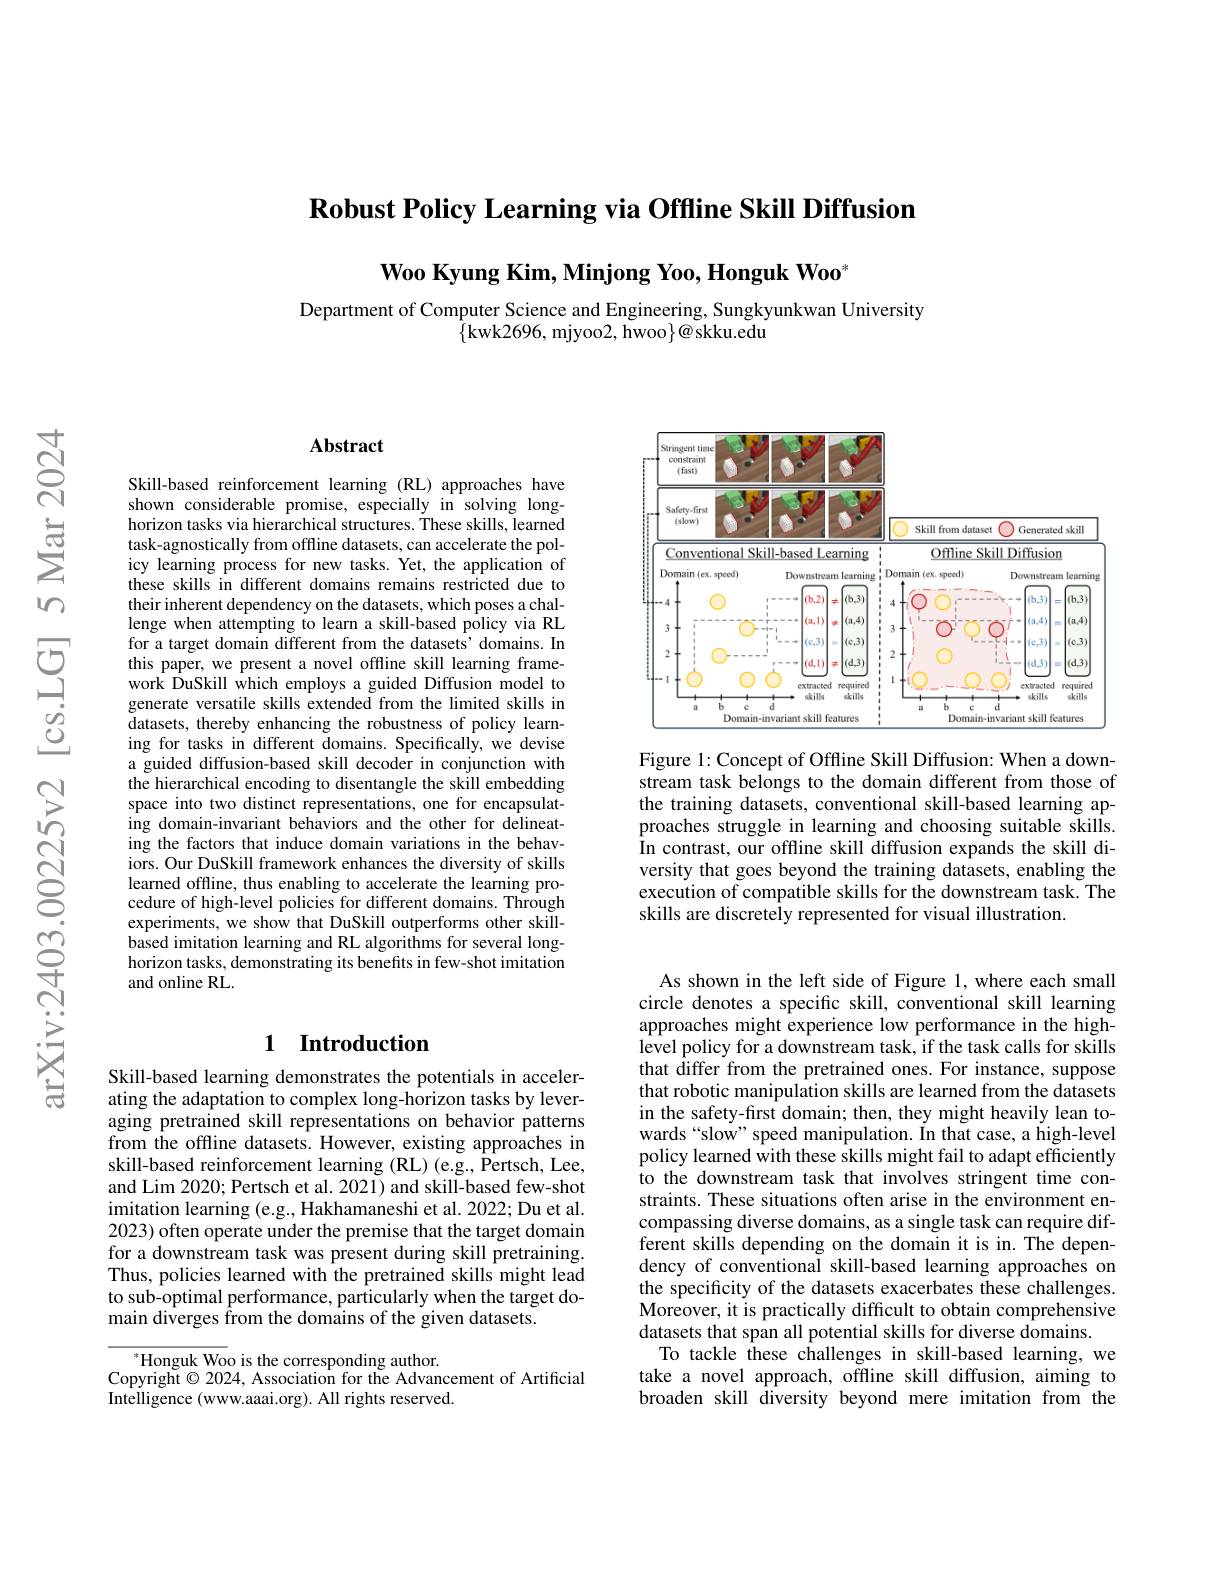
$\textbf{Robust Policy Learning via Offline Skill Diffusion}$

$\textbf{Woo Kyung Kim, Minjong Yoo, Honguk Woo}^{*}$

Department of Computer Science and Engineering, Sungkyunkwan University
$\{$kwk2696, mjyoo2, hwoo$\}@$skku.edu

### $\mathbf{Abstract}$

Skill-based reinforcement learning (RL) approaches have shown considerable promise, especially in solving longhorizon tasks via hierarchical structures. These skills, learned task-agnostically from offline datasets, can accelerate the policy learning process for new tasks. Yet, the application of these skills in different domains remains restricted due to their inherent dependency on the datasets, which poses a challenge when attempting to learn a skill-based policy via RL for a target domain different from the datasets' domains. In this paper, we present a novel offline skill learning framework DuSkill which employs a guided Diffusion model to generate versatile skills extended from the limited skills in datasets, thereby enhancing the robustness of policy learning for tasks in different domains. Specifically, we devise a guided diffusion-based skill decoder in conjunction with the hierarchical encoding to disentangle the skill embedding space into two distinct representations, one for encapsulating domain-invariant behaviors and the other for delineating the factors that induce domain variations in the behaviors. Our DuSkill framework enhances the diversity of skills learned offline, thus enabling to accelerate the learning procedure of high-level policies for different domains. Through experiments, we show that DuSkill outperforms other skillbased imitation learning and RL algorithms for several longhorizon tasks, demonstrating its benefits in few-shot imitation and online RL.

## 1 Introduction

Skill-based learning demonstrates the potentials in accelerating the adaptation to complex long-horizon tasks by leveraging pretrained skill representations on behavior patterns from the offline datasets. However, existing approaches in skill-based reinforcement learning (RL) (e.g., Pertsch, Lee, and Lim 2020; Pertsch et al. 2021) and skill-based few-shot imitation learning (e.g., Hakhamaneshi et al. 2022; Du et al. 2023) often operate under the premise that the target domain for a downstream task was present during skill pretraining. Thus, policies learned with the pretrained skills might lead to sub-optimal performance, particularly when the target do- $\tilde{\text{main diverges from the domains of the given datasets.}}$

$^*$Honguk Woo is the corresponding author.
Copyright $\odot$ 2024, Association for the Advancement of Artificial
Intelligence (www.aaai.org). All rights reserved.

<FigureHere>

Figure 1: Concept of Offline Skill Diffusion: When a downstream task belongs to the domain different from those of the training datasets, conventional skill-based learning approaches struggle in learning and choosing suitable skills. In contrast, our offline skill diffusion expands the skill diversity that goes beyond the training datasets, enabling the execution of compatible skills for the downstream task. The skills are discretely represented for visual illustration.

As shown in the left side of Figure 1, where each small circle denotes a specific skill, conventional skill learning approaches might experience low performance in the highlevel policy for a downstream task, if the task calls for skills that differ from the pretrained ones. For instance, suppose that robotic manipulation skills are learned from the datasets in the safety-first domain; then, they might heavily lean towards“slow” speed manipulation. In that case, a high-level policy learned $\hat{\text{with these skills mightfail to adapt efficiently}}$ to the downstream task that involves stringent time constraints. These situations often arise in the environment encompassing diverse domains, as a single task can require different skills depending on the domain it is in. The dependency of conventional skill-based learning approaches on the specificity of the datasets exacerbates these challenges. $\hat{\text{Moreover, it is practically difficult to obtain comprehensive}}$ datasets that span all potential skills for diverse domains.
To tackle these challenges in skill-based learning, we take a novel approach, offline skill diffusion, aiming to broaden skill diversity beyond mere imitation from the